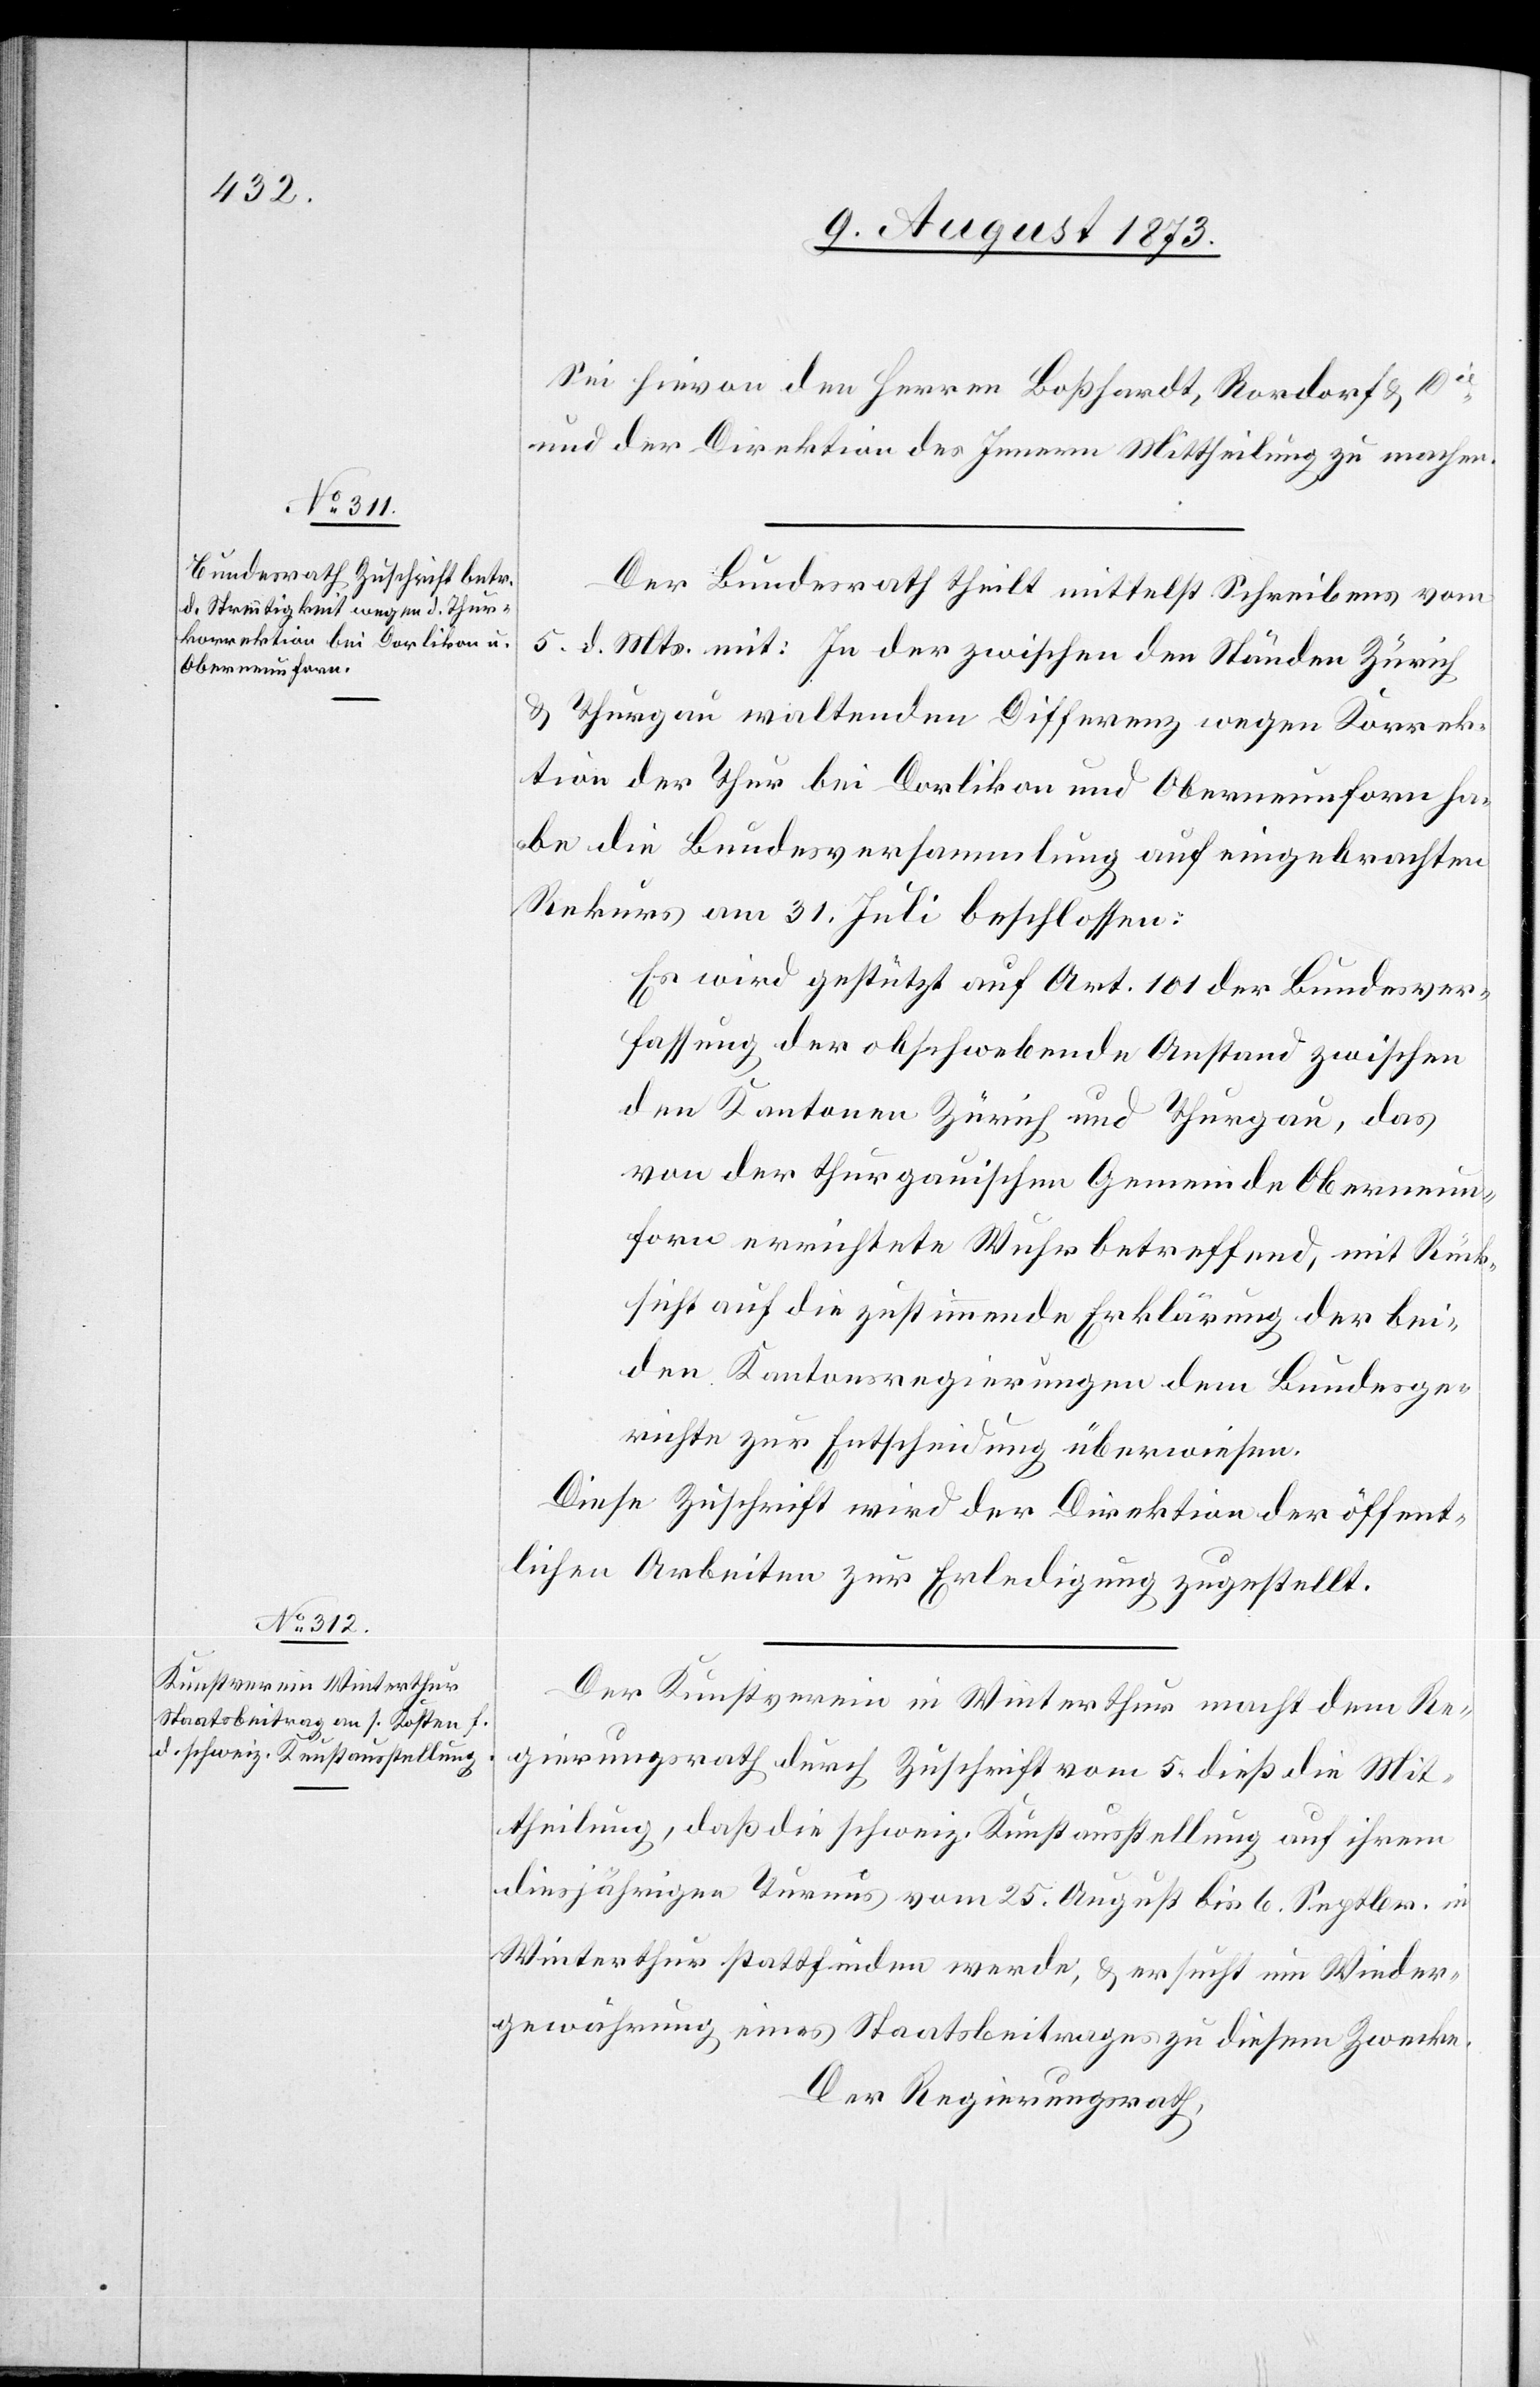
Sei hievon den Herren Boßhardt, Rordorf & Cie
und der Direktion des Innern Mittheilung zu machen.
Der Bundesrath theilt mittelst Schreibens vom
5. d. Mts. mit: In der zwischen den Ständen Zürich
& Thurgau waltenden Differenz wegen Korrek¬
tion der Thur bei Dorlikon und Oberneunforn ha¬
be die Bundesversammlung auf eingebrachten
Rekurs am 31. Juli beschlossen:
Es wird gestützt auf Art. 101 der Bundesver¬
fassung der obschwebende Anstand zwischen
den Kantonen Zürich und Thurgau, das
von der thurgauischen Gemeinde Oberneun¬
forn errichtete Wuhr betreffend, mit Rück¬
sicht auf die zustimmende Erklärung der bei¬
den Kantonsregierungen dem Bundesge¬
richte zur Entscheidung überwiesen.
Diese Zuschrift wird der Direktion der öffent¬
lichen Arbeiten zur Erledigung zugestellt.
Der Kunstverein in Winterthur macht dem Re¬
gierungsrath durch Zuschrift vom 5. dieß die Mit¬
theilung, daß die schweiz. Kunstausstellung auf ihrem
diesjährigen Turnus vom 25. August bis 6. Septbr. in
Winterthur stattfinden werde, & ersucht um Wieder¬
gewährung eines Staatsbeitrages zu diesem Zwecke.
Der Regierungsrath,